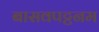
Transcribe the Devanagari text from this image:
बासवपट्टनम